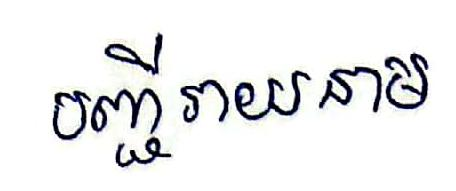
បញ្ជីរាយនាម